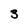
Character: 3